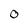
Character: 0